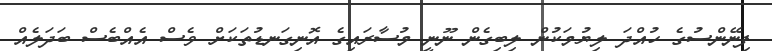
ފިނޭންސުގެ ހުއްދަ ލިޔުމަކުން ލިބިގެން ނޫނީ މުސާރައިގެ އޮނިގަނޑުތަކަށް ވެސް އެއްބެސް ބަދަލެއް